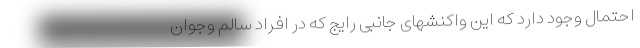
احتمال وجود دارد که این واکنشهای جانبی رایج که در افراد سالم وجوان